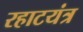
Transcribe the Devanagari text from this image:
रहाटयंत्र